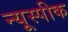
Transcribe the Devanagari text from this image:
न्यूस्पीक